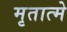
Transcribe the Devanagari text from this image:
मृतात्मे